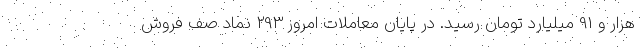
هزار و 91 میلیارد تومان رسید. در پایان معاملات امروز 293 نماد صف فروش